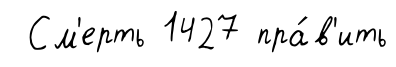
См'ерть 1427 пра́в'ить